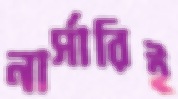
নার্সারিই